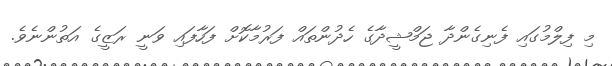
މި ފިލްމުގައި ފެނިގެންދާ ޖަމްޝީދާގެ ހެދުންތައް ފަރުމާކޮށް ފަހާފައި ވަނީ ރަޒީގެ އަތުންނެވެ.